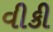
વીકી